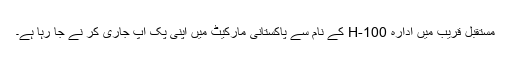
مستقبل قریب میں ادارہ H-100 کے نام سے پاکستانی مارکیٹ میں اپنی پک اپ جاری کر نے جا رہا ہے۔